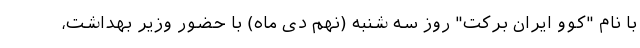
با نام "کُوو ایران برکت" روز سه شنبه (نهم دی ماه) با حضور وزیر بهداشت،